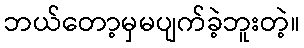
ဘယ်တော့မှမပျက်ခဲ့ဘူးတဲ့။